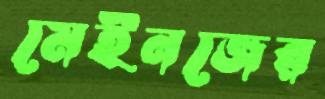
মেইনজের